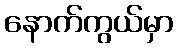
နောက်ကွယ်မှာ